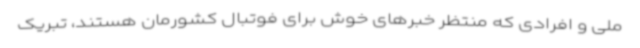
ملی و افرادی که منتظر خبرهای خوش برای فوتبال کشورمان هستند، تبریک